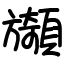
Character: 䫯